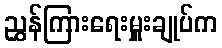
ညွှန်ကြားရေးမှူးချုပ်က